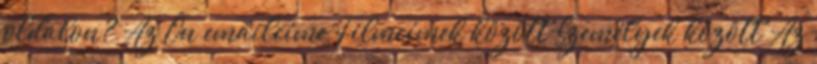
oldalon? Az Ön emailcíme Filmcímek között Személyek között Az